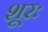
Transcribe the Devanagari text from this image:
शूरः